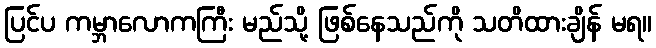
ပြင်ပ ကမ္ဘာလောကကြီး မည်သို့ ဖြစ်နေသည်ကို သတိထားချိန် မရ။